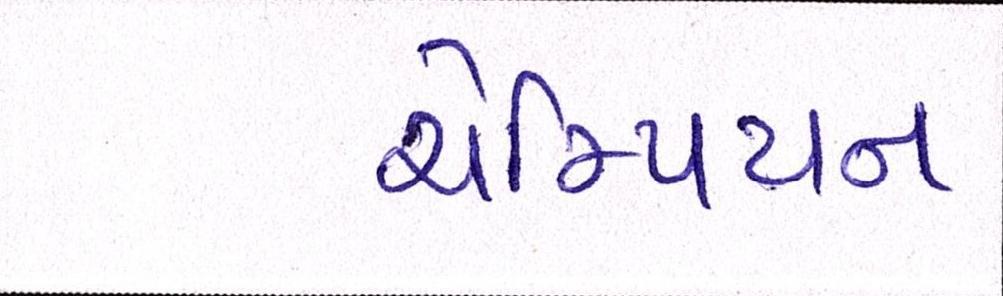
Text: ચેમ્પિયન